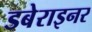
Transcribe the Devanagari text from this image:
डबेराइनर